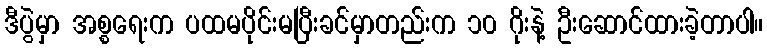
ဒီပွဲမှာ အစ္စရေးက ပထမပိုင်းမပြီးခင်မှာတည်းက ၁၀ ဂိုးနဲ့ ဦးဆောင်ထားခဲ့တာပါ။